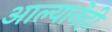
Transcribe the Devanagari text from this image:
आल्यानेही